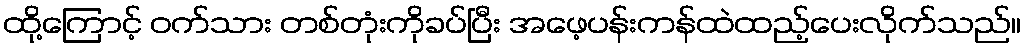
ထို့ကြောင့် ဝက်သား တစ်တုံးကိုခပ်ပြီး အဖေ့ပန်းကန်ထဲထည့်ပေးလိုက်သည်။